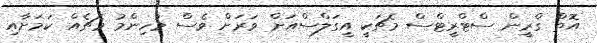
އޮތް ގްރީން ސްޓްރީޓްސް މެޗަކީ އީގަލްސްއަށް ވަރަށް ވެސް މުހިންމު މެޗެއް ކަމަށާއި